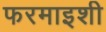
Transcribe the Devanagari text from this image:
फरमाइशी